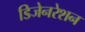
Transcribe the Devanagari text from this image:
डिजेनरेशन